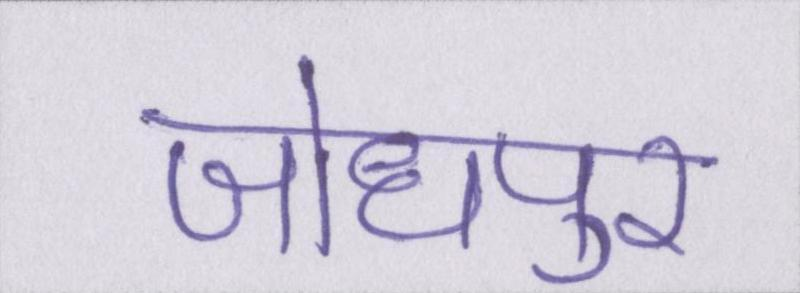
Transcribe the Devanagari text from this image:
जोधपुर